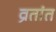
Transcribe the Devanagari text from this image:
व्रतांत